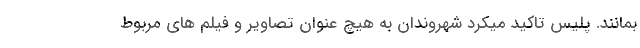
بمانند. پلیس تاکید میکرد شهروندان به هیچ عنوان تصاویر و فیلم های مربوط